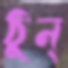
ঠুন্